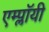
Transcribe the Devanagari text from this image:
एम्प्लॉयी